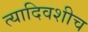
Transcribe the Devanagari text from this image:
त्यादिवशीच